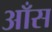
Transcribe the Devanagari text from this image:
आँस